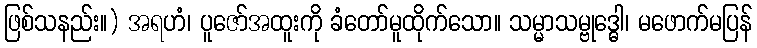
ဖြစ်သနည်း။) အရဟံ၊ ပူဇော်အထူးကို ခံတော်မူထိုက်သော။ သမ္မာသမ္ဗုဒ္ဓေါ၊ မဖောက်မပြန်